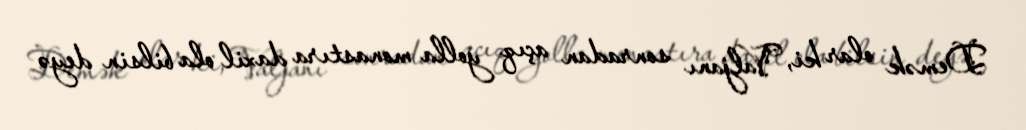
Demək olar ki, Valjanı sonradan açıq yolla monastıra daxil ola bilsin deyə